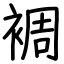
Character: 裯